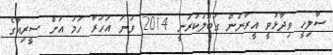
ސާލިހީ ވިދާޅުވީ އީރާނުން ގަބޫލުކުރަނީ 2014 ވަނަ އަހަރާ ހަމަ އަށް ސީރިއާގެ